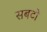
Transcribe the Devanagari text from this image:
सबटो